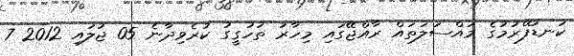
ކަނޑުފޭރުމުގެ މައްސަލަތައް ރާއްޖޭގައި މިހާރު ތަހުގީގު ކުރެވިދާނެ 05 ޖުލައި 2012 7